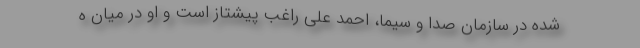
شده در سازمان صدا و سیما، احمد علی راغب پیشتاز است و او در میان ه